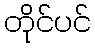
တိုင်ပင်